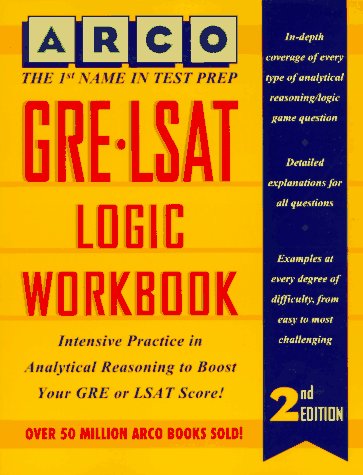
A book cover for Gre-Lsat Logic Workbook (Gre-Lsat Logic Workbook, 2nd ed); Mark Alan Stewart; Test Preparation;